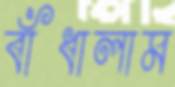
বাঁধালাম